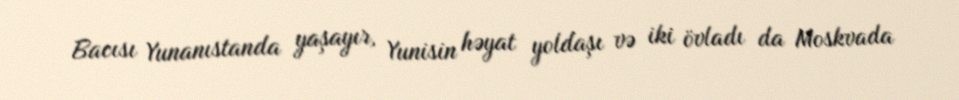
Bacısı Yunanıstanda yaşayır, Yunisin həyat yoldaşı və iki övladı da Moskvada